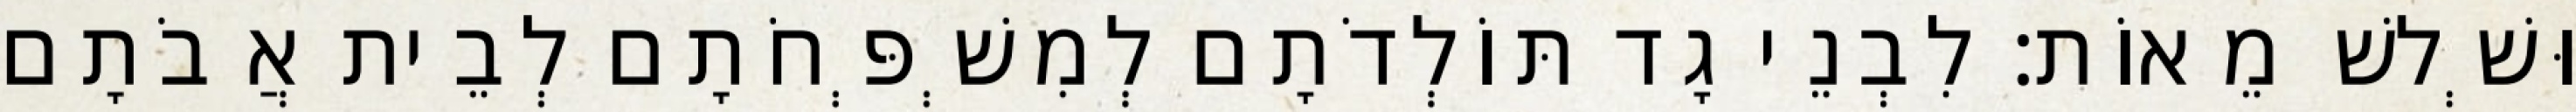
וּשְׁלשׁ מֵאוֹת׃ לִבְנֵי גָד תּוֹלְדֹתָם לְמִשְׁפְּחֹתָם לְבֵית אֲבֹתָם